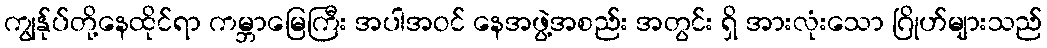
ကျွန်ုပ်တို့နေထိုင်ရာ ကမ္ဘာမြေကြီး အပါအဝင် နေအဖွဲ့အစည်း အတွင်း ရှိ အားလုံးသော ဂြိုဟ်များသည်